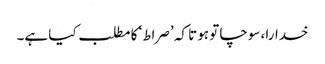
خدارا، سوچا تو ہوتا کہ ’صراط‘ کا مطلب کیا ہے۔